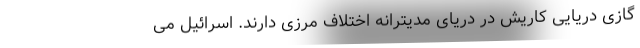
گازی دریایی کاریش در دریای مدیترانه اختلاف مرزی دارند. اسرائیل می